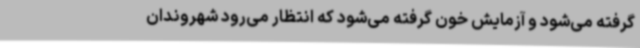
گرفته می‌شود و آزمایش خون گرفته می‌شود که انتظار می‌رود شهروندان